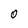
Character: O